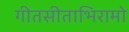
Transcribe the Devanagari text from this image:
गीतसीताभिरामो